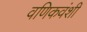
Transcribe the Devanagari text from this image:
वणिकवंशी